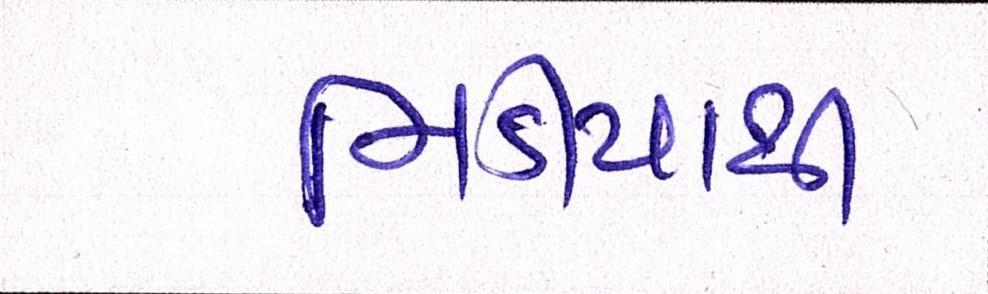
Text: મિડીયાથી